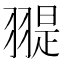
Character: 𦑧